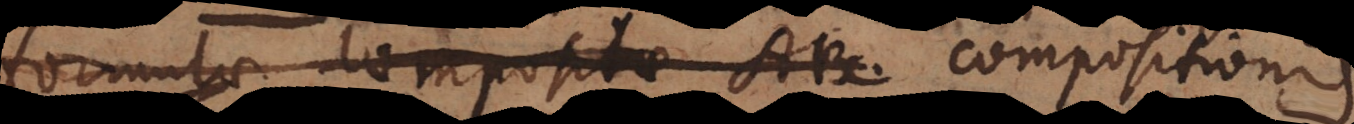
formulae compositae AB. compositionis